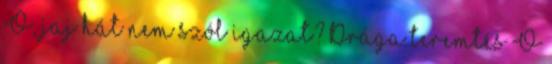
Ó, jaj hát nem szól igazat? Drága teremtés Ő